Document type: Grant
Year: 1445
Scribe: Antoni Gomar
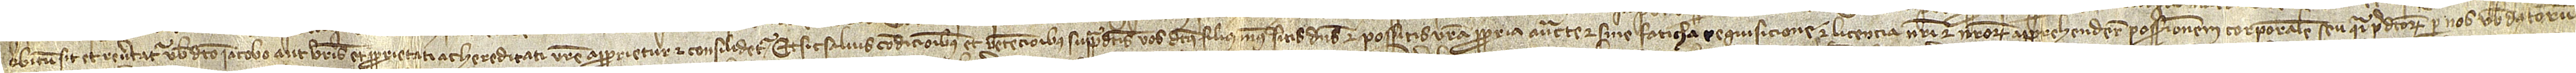
obitum sit et revertatur vobis dicto Iacobo aut vestris et proprietati ac hereditati vestre apparietur et consilidetur. Et sic, salvis condicionibus et retencionibus suppradictis, vos dictus filius meus sitis dominus et possitis vestra propria auctoritate, et sine faticha, requisicione et licencia nostri et nostrorum apprehendere possessionem corporalem seu quasi predictorum per nos vobis datorum,